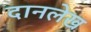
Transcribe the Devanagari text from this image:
दानलेख